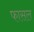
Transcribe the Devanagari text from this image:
फासल